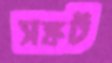
সঙ্কট